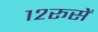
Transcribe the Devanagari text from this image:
१२रूसें